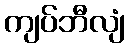
ကျပ်ဘီလျံ